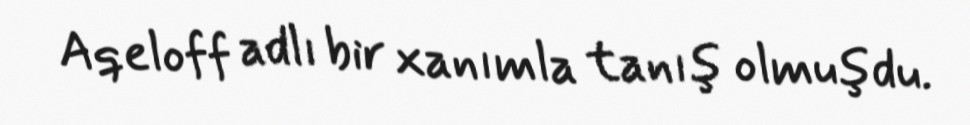
Aqeloff adlı bir xanımla tanış olmuşdu.